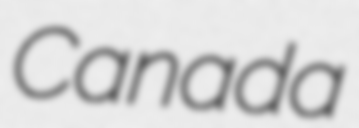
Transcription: Canada